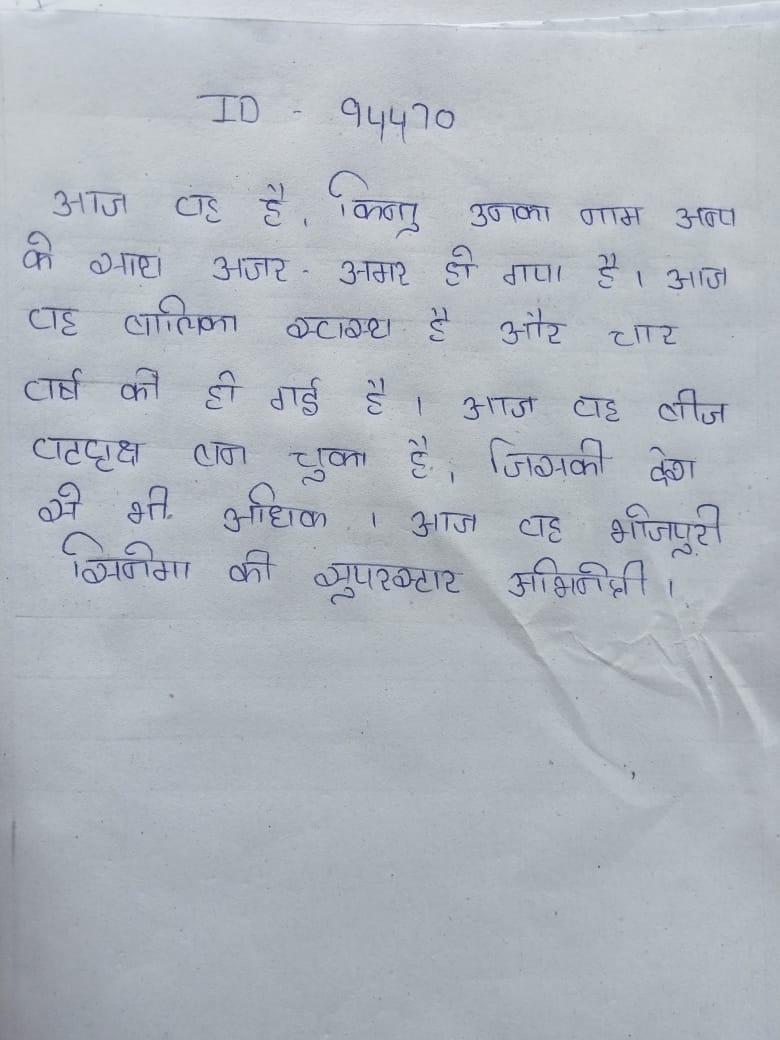
आज वह है, किन्तु उनका नाम अन्य के साथ अजर-अमर हो गया है । आज वह बालिका स्वस्थ है और चार वर्ष की हो गई है । आज वह बीज वटवृक्ष बन चुका है, जिसकी देश से भी अधिक । आज वह भोजपुरी सिनेमा की सुपरस्टार अभिनेत्री ।